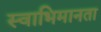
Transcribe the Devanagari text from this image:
स्वाभिमानता